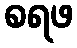
စရဖ